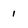
Character: 1